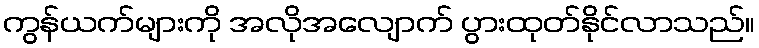
ကွန်ယက်များကို အလိုအလျောက် ပွားထုတ်နိုင်လာသည်။